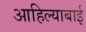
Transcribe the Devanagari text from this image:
आहिल्याबाई